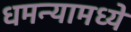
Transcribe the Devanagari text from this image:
धमन्यामध्ये